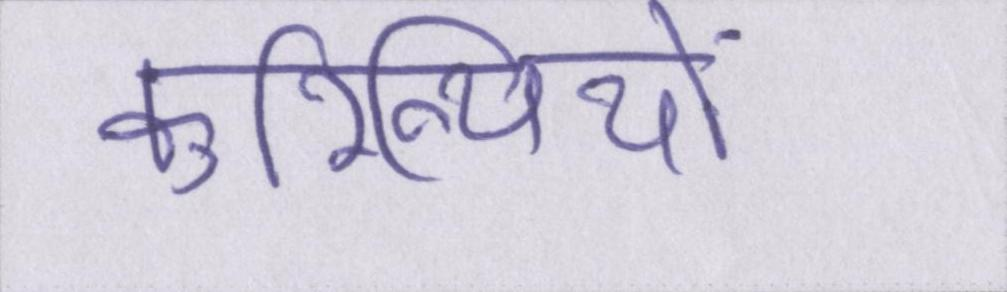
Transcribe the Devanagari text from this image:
कुरिन्थियों